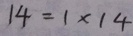
1 4 = 1 \times 1 4